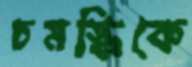
চমস্কিকে